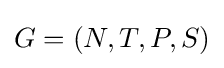
{\textstyle G=(N,T,P,S)}